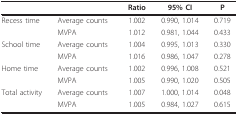
<table><thead><tr><td></td><td></td><td><b>Ratio</b></td><td><b>95% CI</b></td><td><b>P</b></td></tr></thead><tbody><tr><td>Recess time</td><td>Average counts</td><td>1.002</td><td>0.990, 1.014</td><td>0.719</td></tr><tr><td></td><td>MVPA</td><td>1.012</td><td>0.981, 1.044</td><td>0.433</td></tr><tr><td>School time</td><td>Average counts</td><td>1.004</td><td>0.995, 1.013</td><td>0.330</td></tr><tr><td></td><td>MVPA</td><td>1.016</td><td>0.986, 1.047</td><td>0.278</td></tr><tr><td>Home time</td><td>Average counts</td><td>1.002</td><td>0.996, 1.008</td><td>0.521</td></tr><tr><td></td><td>MVPA</td><td>1.005</td><td>0.990, 1.020</td><td>0.505</td></tr><tr><td>Total activity</td><td>Average counts</td><td>1.007</td><td>1.000, 1.014</td><td>0.048</td></tr><tr><td></td><td>MVPA</td><td>1.005</td><td>0.984, 1.027</td><td>0.615</td></tr></tbody></table>